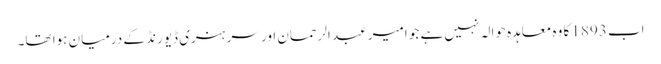
اب 1893 کا وہ معاہدہ حوالہ نہیں ہے جو امیر عبد الرحمان اور سر ہنری ڈیورنڈ کے درمیان ہوا تھا۔